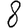
Digit: 8